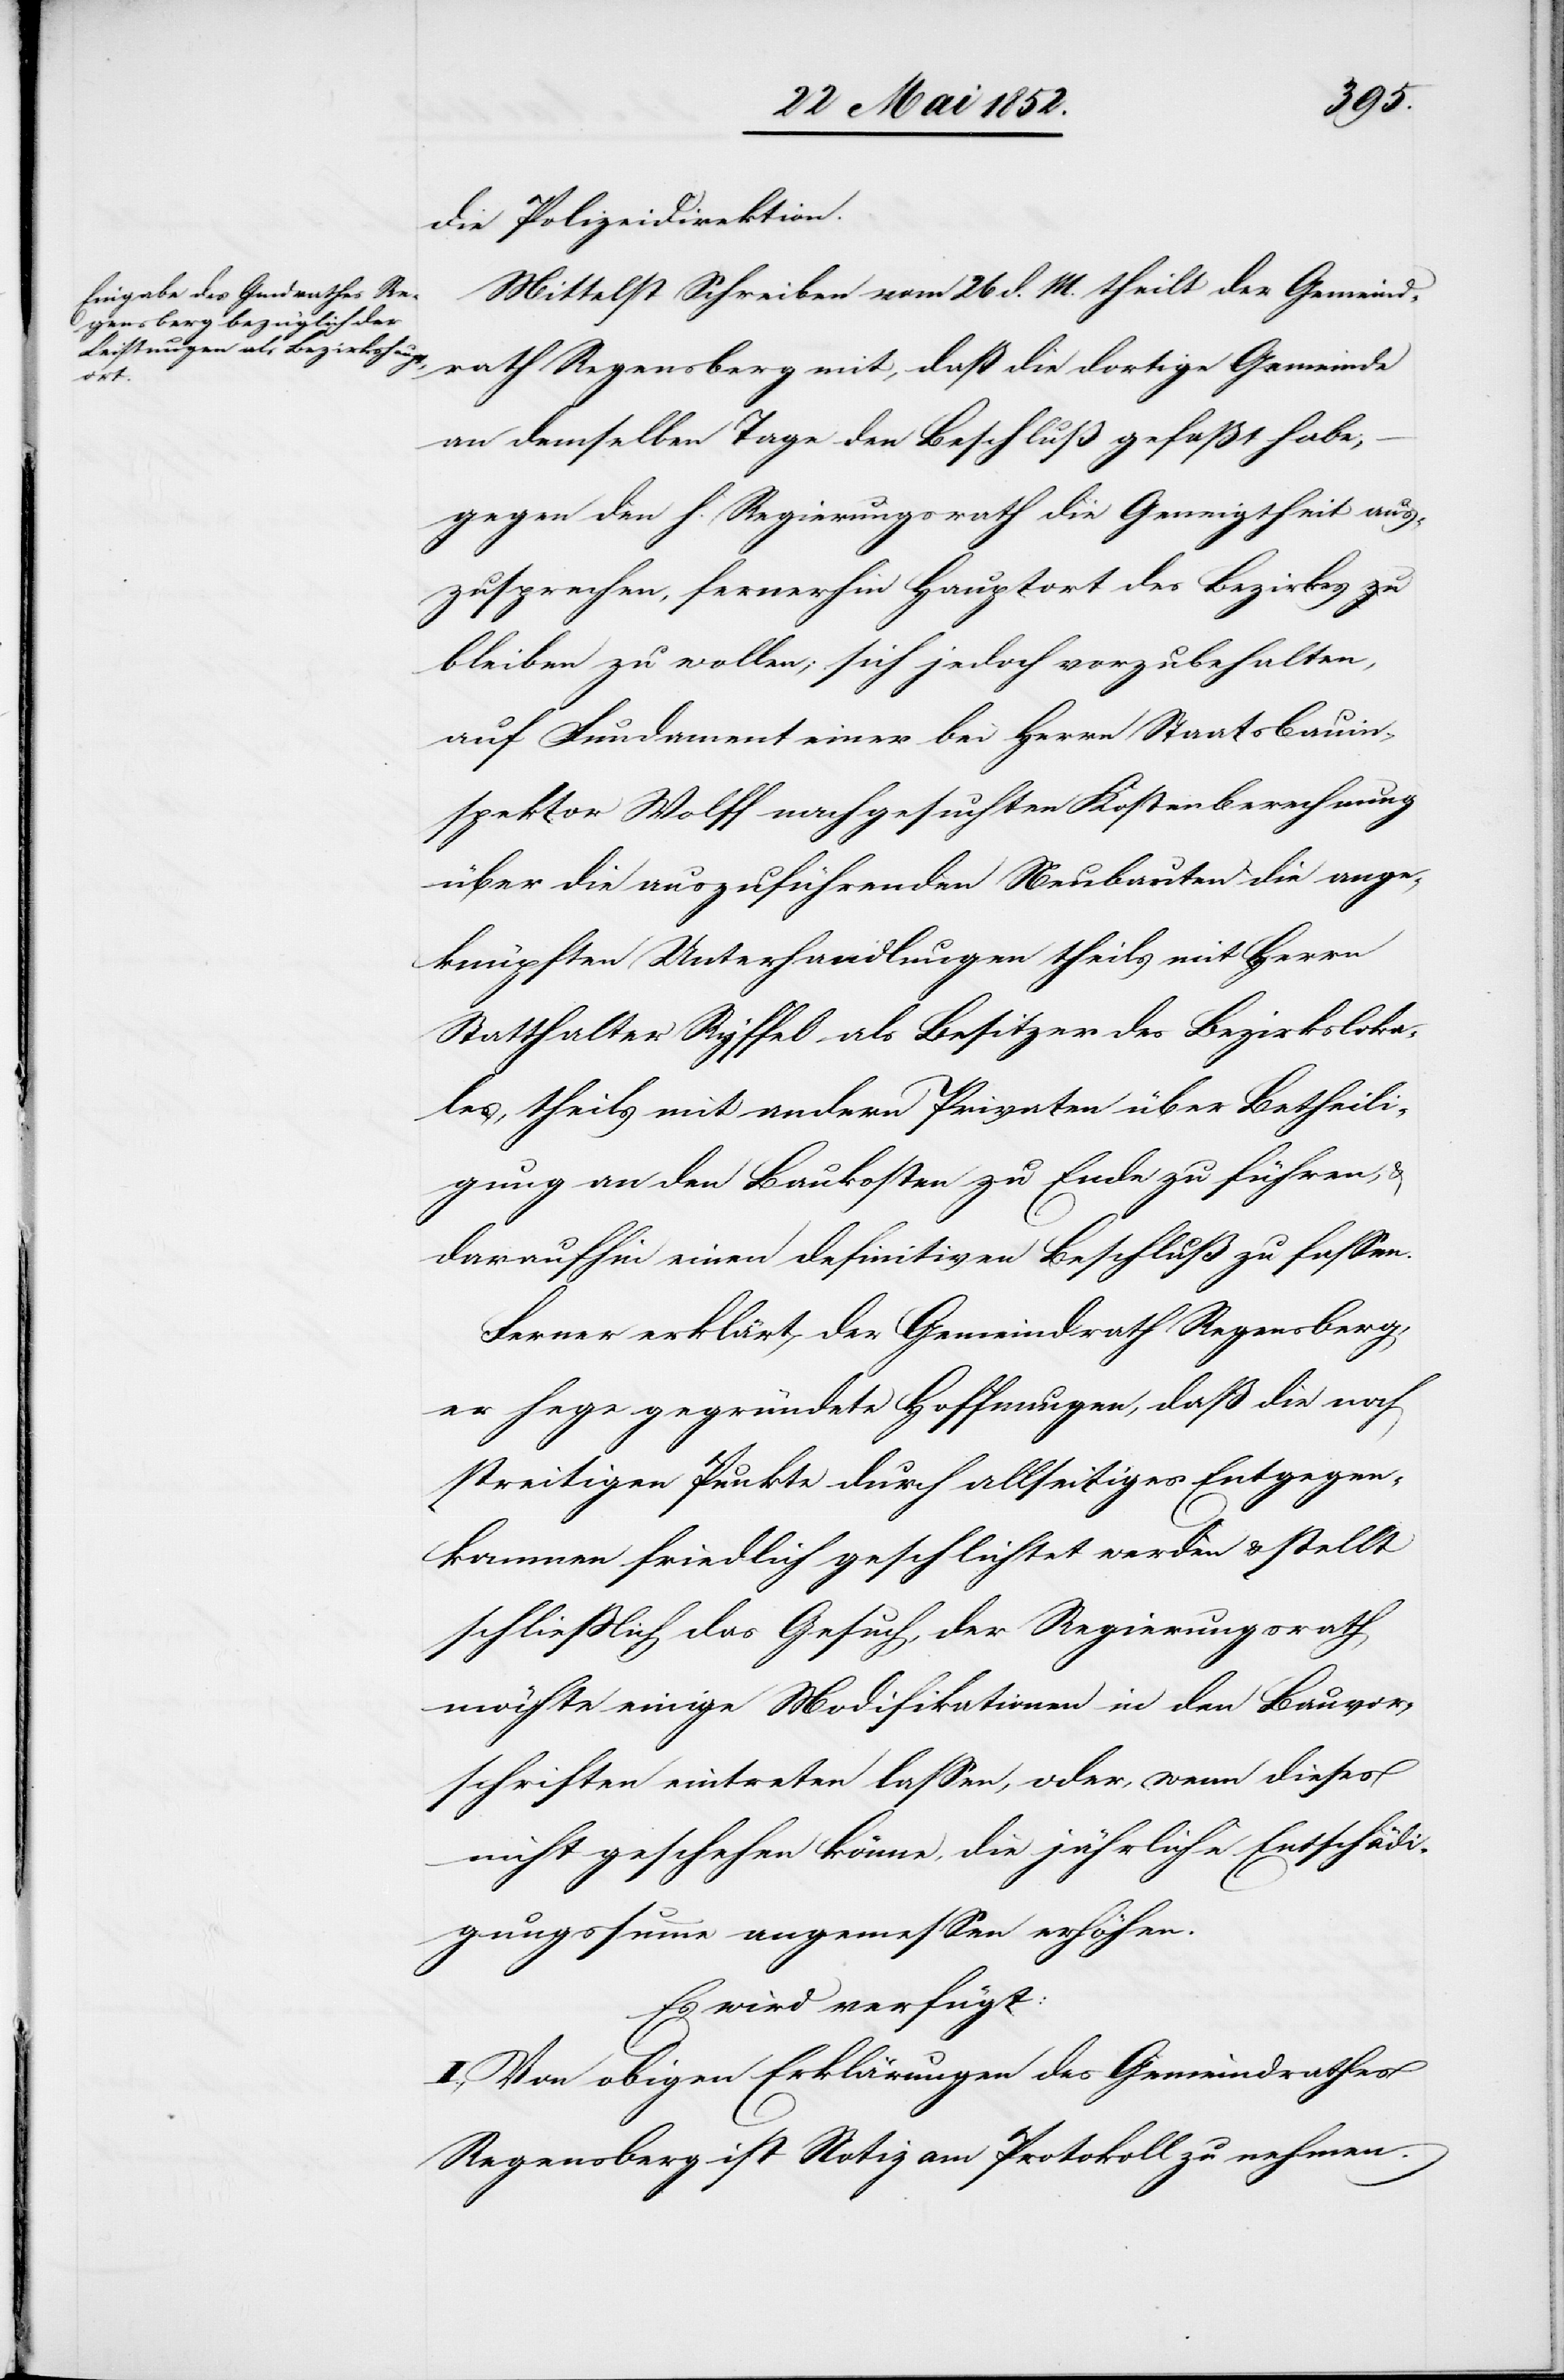
den

27 Mai 1852.]
die Polizeidirektion.
Mittelst Schreiben vom 26 d. M. theilt der Gemeind¬
rath Regensberg mit, daß die dortige Gemeinde
an demselben Tage den Beschluß gefaßt habe;
gegen den h. Regierungsrath die Geneigtheit aus¬
zusprechen, fernerhin Hauptort des Bezirkes zu
bleiben zu wollen; sich jedoch vorzubehalten,
auf Fundament einer bei Herrn Staatsbauin¬
spektor Wolff nachgesuchten Kostenberechnung
über die auszuführenden Neubauten die ange¬
knüpften Unterhandlungen theils mit Herrn
Statthalter Ryffel als Besitzer des Bezirksloka¬
les, theils mit andern Privaten über Betheili¬
gung an den Baukosten zu Ende zu führen, &
daraufhin einen definitiven Beschluß zu fassen.
Ferner erklärt der Gemeindrath Regensberg,
er hege gegründete Hoffnungen, daß die noch
streitigen Punkte durch allseitiges Entgegen¬
kommen friedlich geschlichtet werden & stellt
schliesslich das Gesuch, der Regierungsrath
möchte einige Modifikationen in den Bauvor¬
schriften eintreten lassen, oder, wenn dieses
nicht geschehen könne, die jährliche Entschädi¬
gungssumme angemessen erhöhen.
Es wird verfügt:
I., Von obigen Erklärungen des Gemeindrathes
Regensberg ist Notiz am Protokoll zu nehmen.